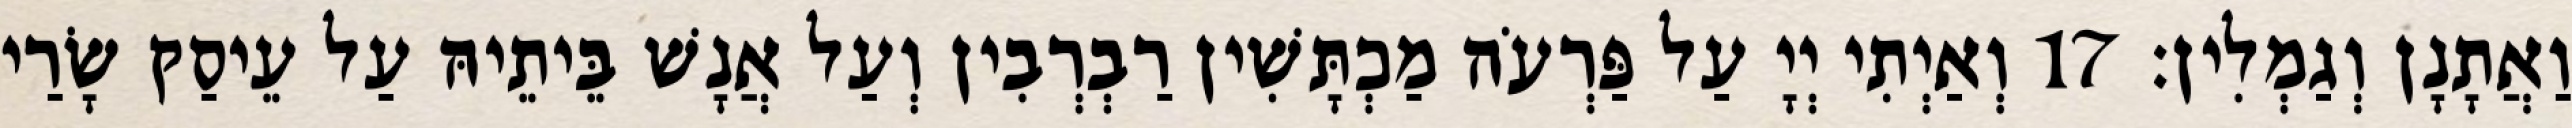
וַאֲתָנָן וְגַמְלִין׃ 17 וְאַיְתִי יְיָ עַל פַּרְעֹה מַכְתָּשִׁין רַבְרְבִין וְעַל אֲנָשׁ בֵּיתֵיהּ עַל עֵיסַק שָׂרַי